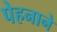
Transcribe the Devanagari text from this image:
पेहनाने